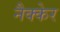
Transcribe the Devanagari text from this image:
नैक्केर